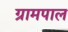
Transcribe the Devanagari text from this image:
ग्रामपाल